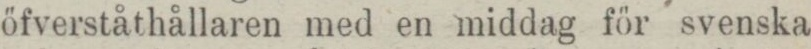
öfverståthållaren med en middag för svenska